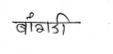
मजकूर: बांगडी